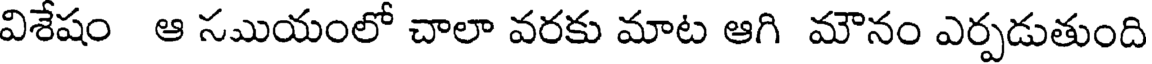
విశేషం ఆ సముయంలో చాలా వరకు మాట ఆగి మౌనం ఎర్పడుతుంది